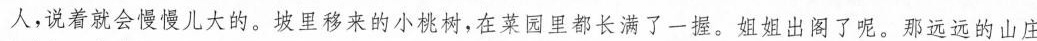
人，说着就会慢慢儿大的。坡里移来的小桃树，在菜园里都长满了一握。姐姐出阁了呢。那远远的山庄